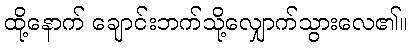
ထို့နောက် ချောင်းဘက်သို့လျှောက်သွားလေ၏။